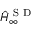
\hat { H } _ { \infty } ^ { \mathrm { ~ S ~ D ~ } }